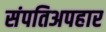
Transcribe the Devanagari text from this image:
संपतिअपहार